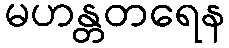
မဟန္တတရေန